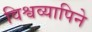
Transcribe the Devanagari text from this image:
विश्वव्यापिने